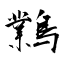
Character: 鸈